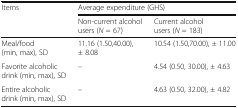
<table><thead><tr><td rowspan="2"><b>Items</b></td><td colspan="2"><b>Average expenditure (GHS)</b></td></tr><tr><td><b>Non-current alcohol users (<i>N</i> = 67)</b></td><td><b>Current alcohol users (<i>N</i> = 183)</b></td></tr></thead><tbody><tr><td>Meal/food (min, max), SD</td><td>11.16 (1.50,40.00), ± 8.08</td><td>10.54 (1.50,70.00), ± 11.00</td></tr><tr><td>Favorite alcoholic drink (min, max), SD</td><td>–</td><td>4.54 (0.50, 30.00), ± 4.63</td></tr><tr><td>Entire alcoholic drink (min, max), SD</td><td>–</td><td>4.63 (0.50, 32.00), ± 4.82</td></tr></tbody></table>